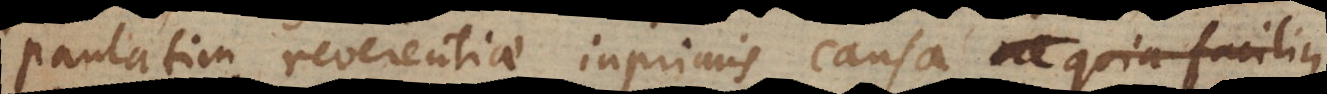
paulatim reverentiae inprimis causa, quia facilius